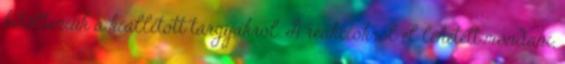
kitölteniük a kiállított tárgyakról. A reakciókról el lehetett mondani,